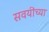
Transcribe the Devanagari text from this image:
सवयींच्या